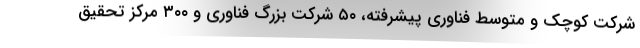
شرکت کوچک و متوسط فناوری پیشرفته، ۵۰ شرکت بزرگ فناوری و ۳۰۰ مرکز تحقیق